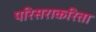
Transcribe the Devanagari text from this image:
परिसराकरिता